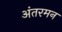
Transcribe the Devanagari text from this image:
अंतरमन